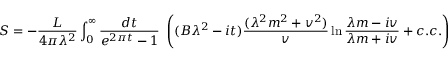
S = - \frac { L } { 4 \pi \lambda ^ { 2 } } \int _ { 0 } ^ { \infty } \frac { d t } { e ^ { 2 \pi t } - 1 } ~ \left( ( B \lambda ^ { 2 } - i t ) \frac { ( \lambda ^ { 2 } m ^ { 2 } + v ^ { 2 } ) } { v } \ln \frac { \lambda m - i v } { \lambda m + i v } + c . c . \right)